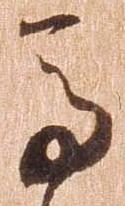
馬